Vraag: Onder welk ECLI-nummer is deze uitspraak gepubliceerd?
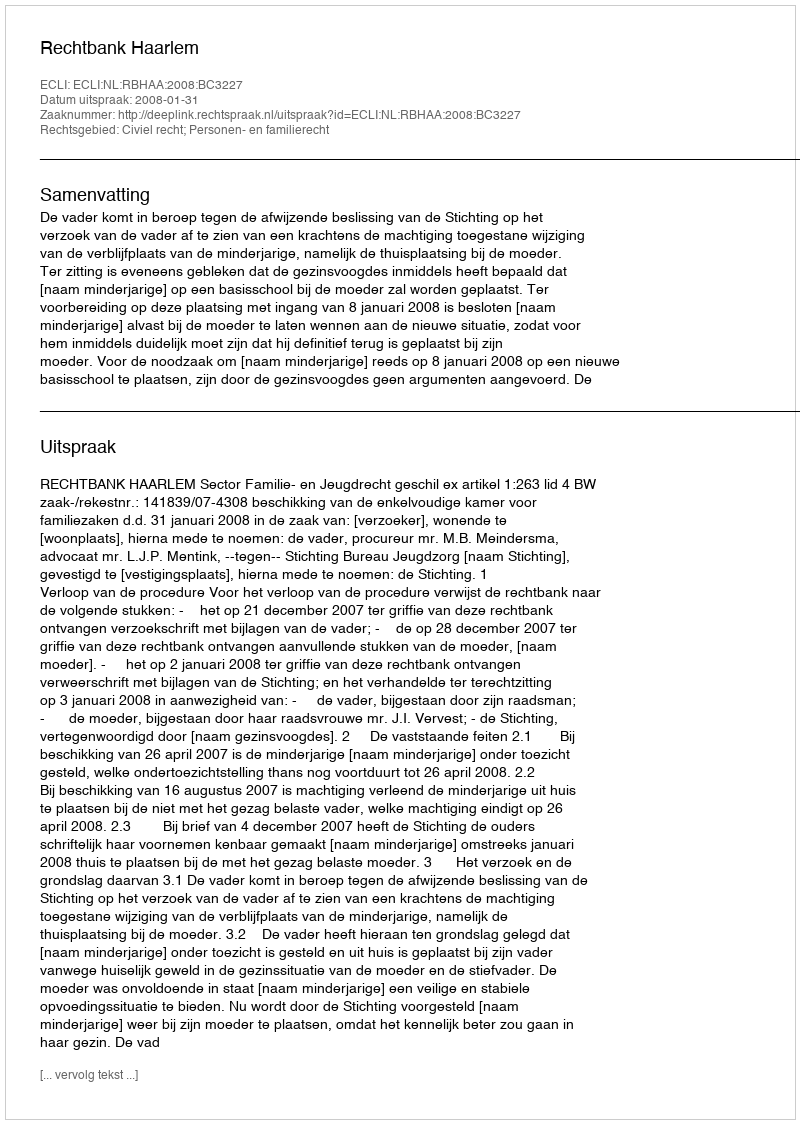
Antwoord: ECLI:NL:RBHAA:2008:BC3227